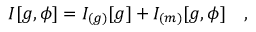
I [ g , \phi ] = I _ { ( g ) } [ g ] + I _ { ( m ) } [ g , \phi ] ~ ~ ~ ,